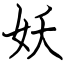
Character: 妖